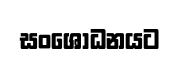
සංශෝධනයට